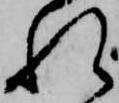
れ